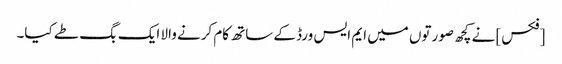
[فکس] نے کچھ صورتوں میں ایم ایس ورڈ کے ساتھ کام کرنے والا ایک بگ طے کیا۔